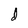
Character: d